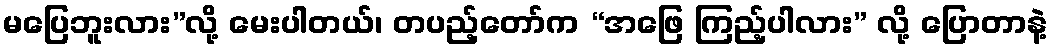
မပြေဘူးလား”လို့ မေးပါတယ်၊ တပည့်တော်က “အဖြေ ကြည့်ပါလား” လို့ ပြောတာနဲ့